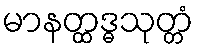
မာနတ္ထဒ္ဓသုတ္တံ